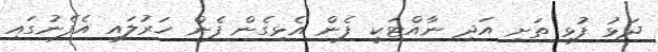
ދަޅު ފުޅި ތަށި އަދި ނާއްޓަކީ ފެން އެޅިގެން ފެން ހަރުލައި އެފެނުގައި